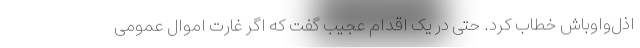
اذل‌واوباش خطاب کرد. حتی در یک اقدام عجیب گفت که اگر غارت اموال عمومی